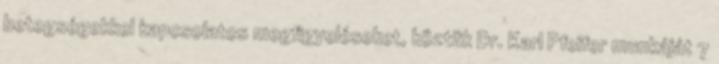
betegségekkel kapcsolatos megfigyeléseket, köztük Dr. Karl Pfeifer munkáját 7